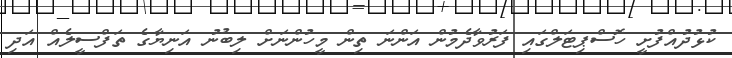
ކުޅުދުއްފުށީ ހޮސްޕިޓަލްގައި ފަރުވާދެމުން އަންނަ ތިން މީހުންނަށް ލިބުނު އަނިޔާގެ ތަފްސީލެއް އަދި